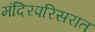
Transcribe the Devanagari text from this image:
मंदिरपरिसरात